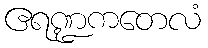
ဧရဏ္ဍကတေလံ